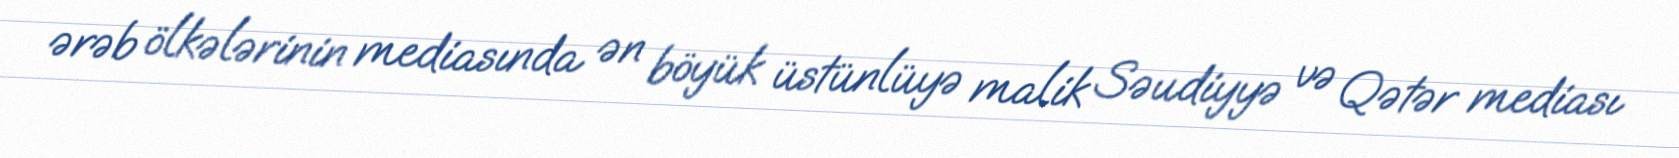
ərəb ölkələrinin mediasında ən böyük üstünlüyə malik Səudiyyə və Qətər mediası